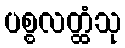
ပစ္စလတ္ထံသု